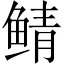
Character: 鲭